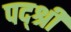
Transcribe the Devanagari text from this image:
पद्श्री